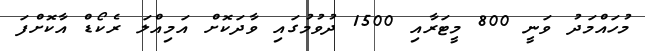
މުހައްމަދު ވަނީ 800 މީޓަރާއި 1500 ދުވުމުގައި ވާދަކޮށް އަމިއްލަ ރެކޯޑް އާކޮށްފަ